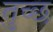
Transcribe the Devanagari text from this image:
तुच्‍छ